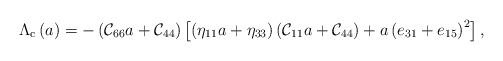
LaTeX: \begin{align*}\Lambda_{\rm c}\left(a\right)=-\left({\cal C}_{66}a+{\cal C}_{44}\right)\left[\left(\eta_{11}a+\eta_{33}\right)\left({\cal C}_{11}a+{\cal C}_{44}\right)+a\left(e_{31}+e_{15}\right)^2\right] ,\end{align*}